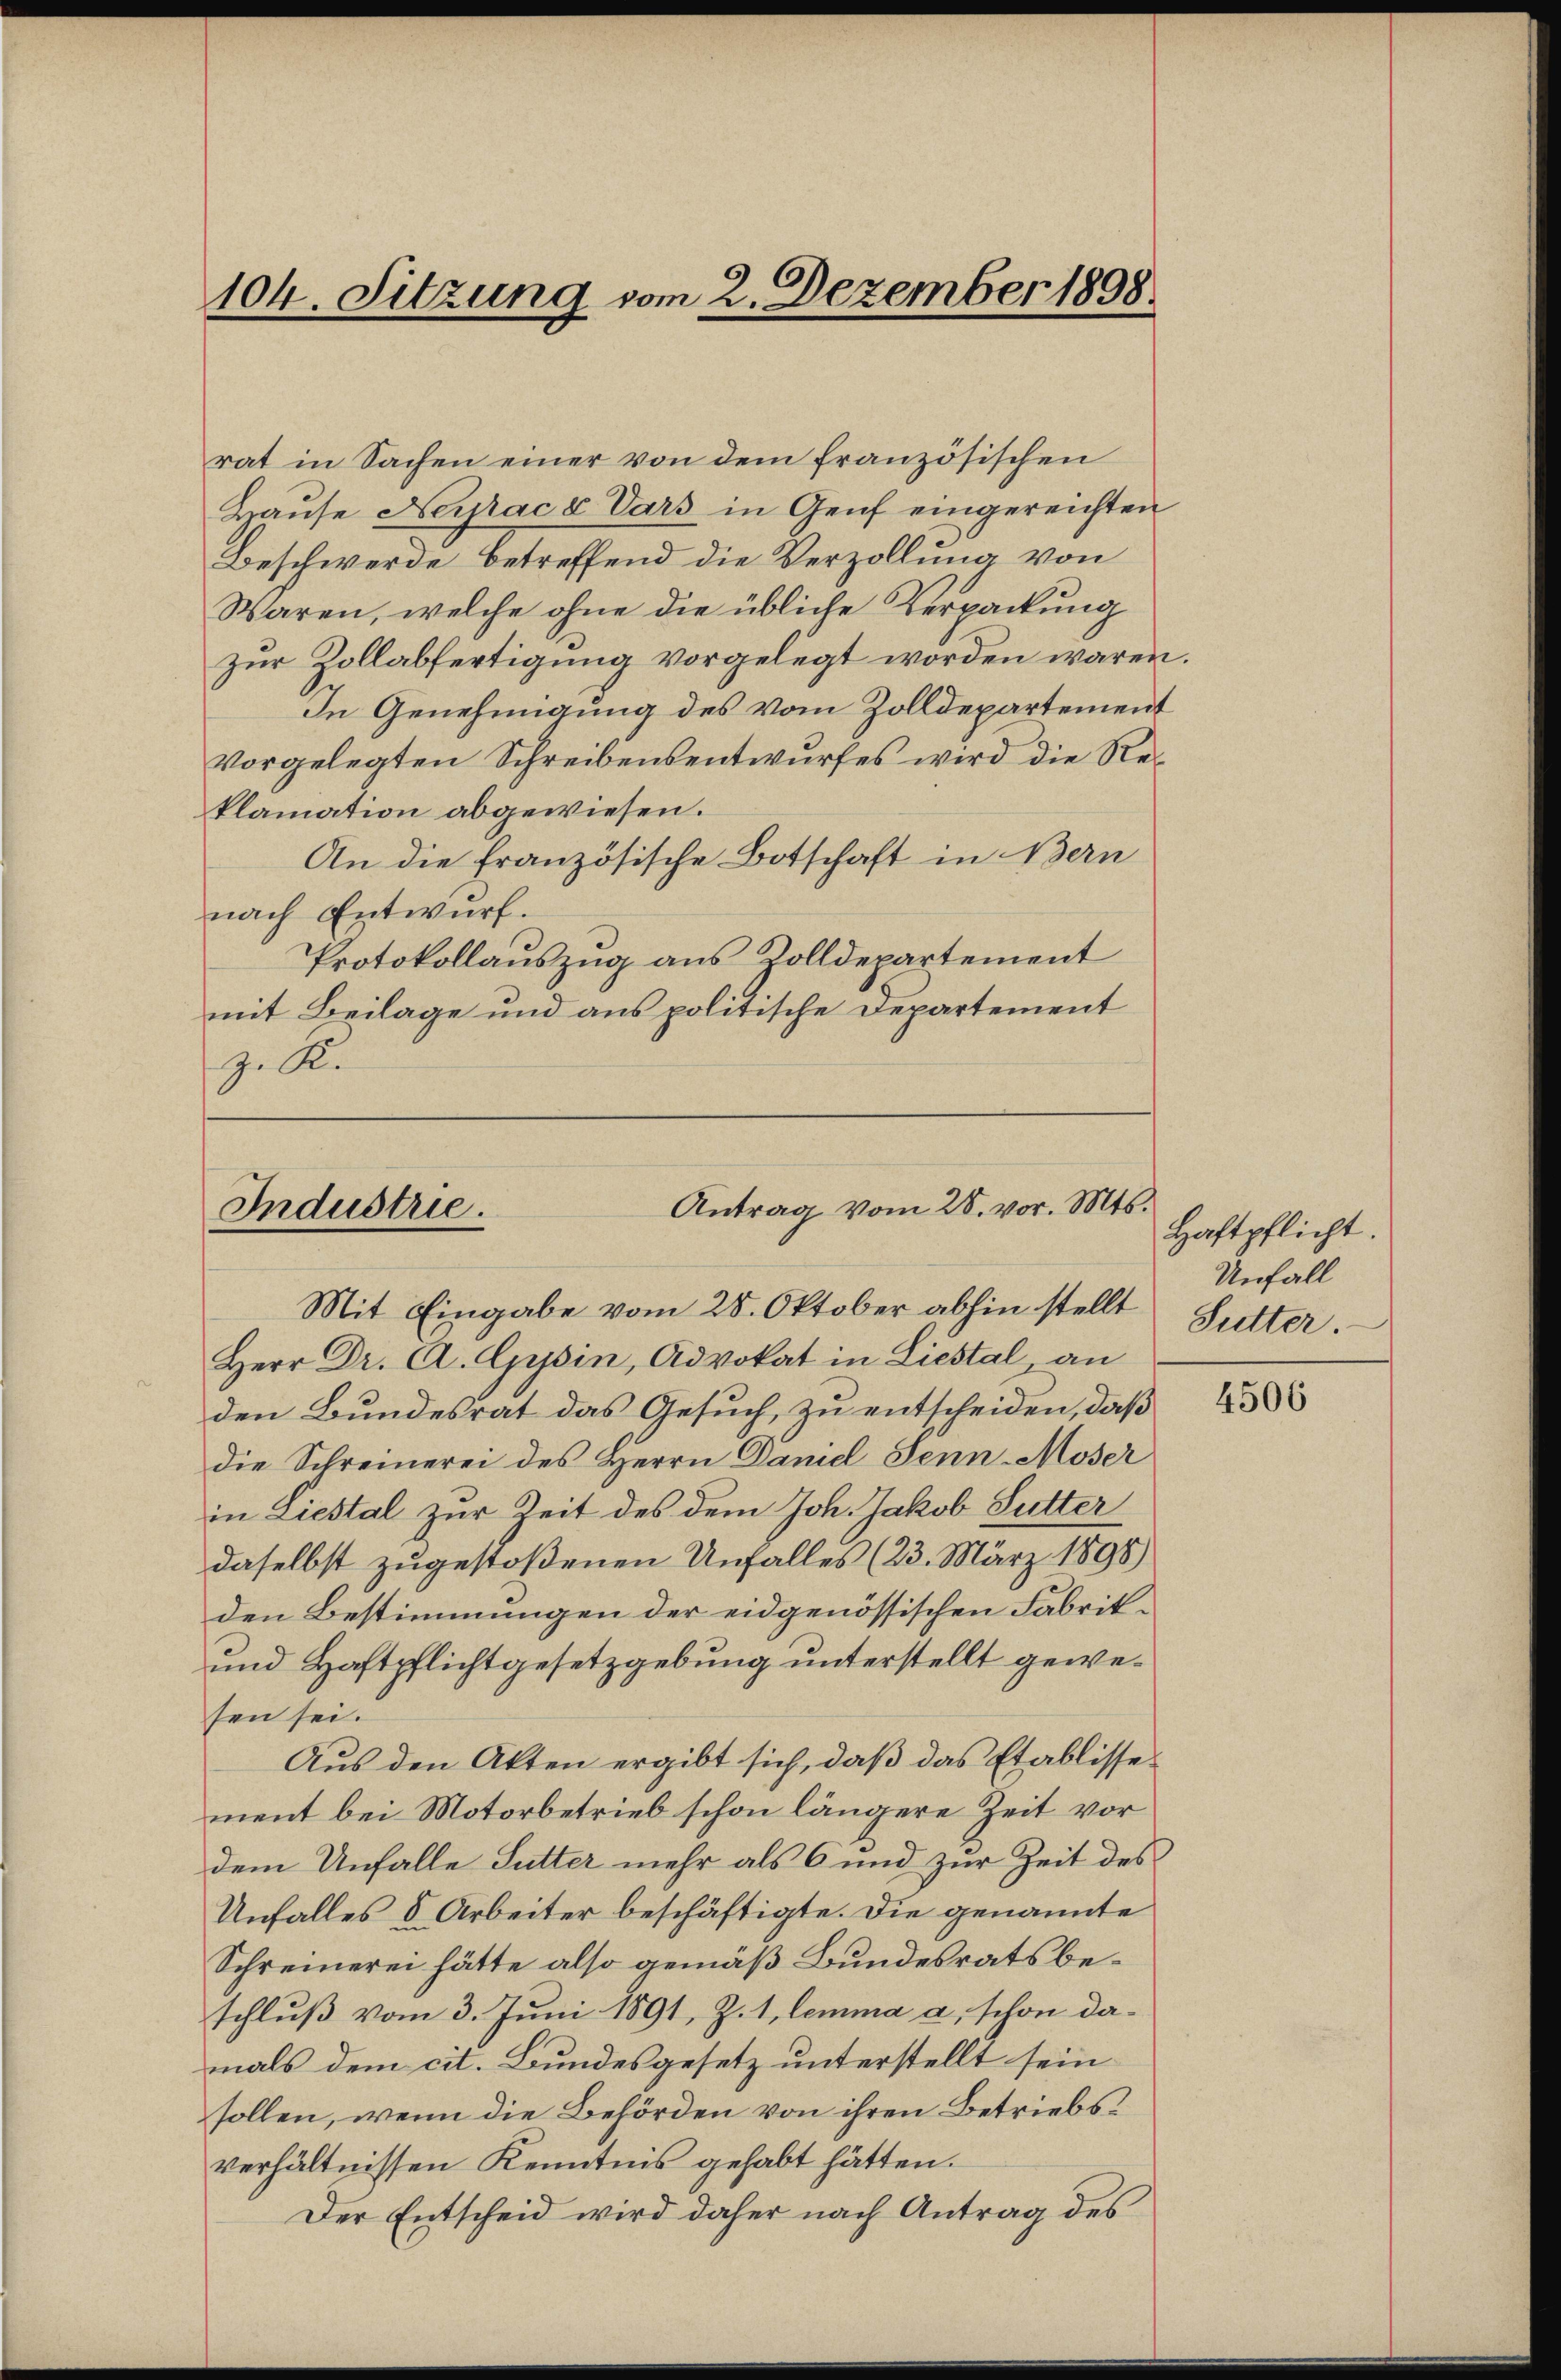
104. Sitzung vom 2. Dezember 1898.

rat in Sachen einer von dem französischen
Hause Nerac v Vars in Genf eingereichten
Beschwerde, betreffend die Verzollung von
Waren, welche ohne die übliche Verpackung
zur Zollabfertigung vorgelegt worden waren
In Genehmigung des vom Zolldepartement
vorgelegten Schreibensentwurfes wird die Reklamation abgewiesen.
An die französische Botschaft in Bern
nach Entwurf.
Protokollauszug aus Zolldepartement
mit Beilage und aus politische Departement
z. K.

Antrag vom 28. vor. Mts.
Industrie.

Mit Eingabe vom 25. Oktober abhin stellt
Herr Dr. A. Gysin, Advokat in Liestal an
den Bundesrat das Gesuch, zu entscheiden, daß
die Schreinerei des Herrn Daniel Senn-Moser
in Liestal zur Zeit des dem Joh. Jakob Sutter
daselbst zugestoßenen Unfalles (23. März 1898)
den Bestimmungen der eidgenössischen Fabrik¬
und Haftpflichtgesetzgebung unterstellt gewesen sei.
Aus den Akten ergibt sich, daß das Etablissement bei Motorbetrieb schon längere Zeit vor
dem Unfalle Sutter mehr als 6 und zur Zeit des
Unfalles 8 Arbeiter beschäftigte. Die genannte
Schreinerei hätte also gemäß Bundesratsbeschluß vom 3. Juni 1891, Z. 1, lemma a, schon damals dem cit. Bundesgesetz unterstellt sein
sollen, wenn die Behörden von ihren Betriebsverhältnissen Kenntnis gehabt hätten.
Der Entscheid wird daher nach Antrag des

Haftpflicht
Unfall
Sutter.

.

4506